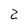
Character: 2